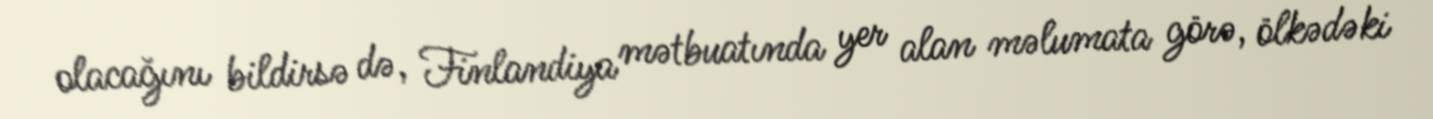
olacağını bildirsə də, Finlandiya mətbuatında yer alan məlumata görə, ölkədəki